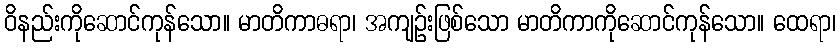
ဝိနည်းကိုဆောင်ကုန်သော။ မာတိကာဓရာ၊ အကျဉ်းဖြစ်သော မာတိကာကိုဆောင်ကုန်သော။ ထေရာ၊